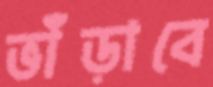
ভাঁড়াবে